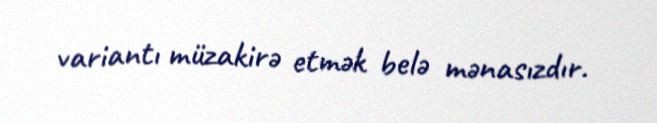
variantı müzakirə etmək belə mənasızdır.